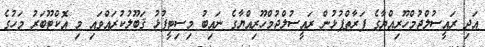
އަދި ރައީސުލްޖުމްހޫރިއްޔާގެ ފަރާތްޕުޅުން ރައީސުލްޖުމްހޫރިއްޔާގެ ނައިބު މިސިޓީފުޅު ޤަބޫލުކުރައްވައި މި އޮކްޓޫބަރު މަހުގެ